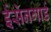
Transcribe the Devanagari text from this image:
ईसेनगार्ड